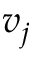
v _ { j }